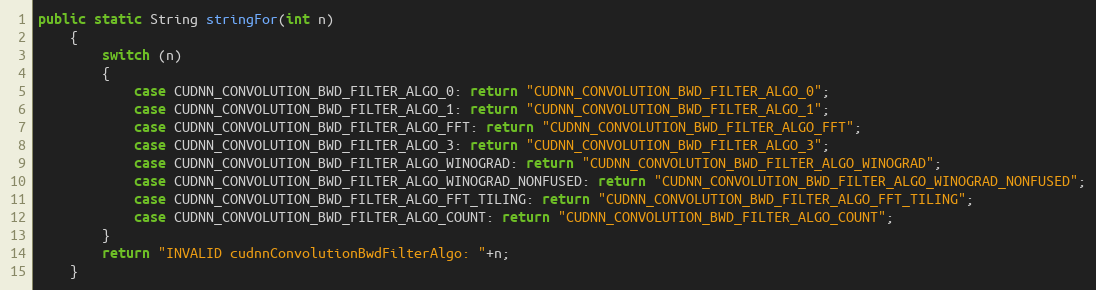
Language: Java
public static String stringFor(int n)
    {
        switch (n)
        {
            case CUDNN_CONVOLUTION_BWD_FILTER_ALGO_0: return "CUDNN_CONVOLUTION_BWD_FILTER_ALGO_0";
            case CUDNN_CONVOLUTION_BWD_FILTER_ALGO_1: return "CUDNN_CONVOLUTION_BWD_FILTER_ALGO_1";
            case CUDNN_CONVOLUTION_BWD_FILTER_ALGO_FFT: return "CUDNN_CONVOLUTION_BWD_FILTER_ALGO_FFT";
            case CUDNN_CONVOLUTION_BWD_FILTER_ALGO_3: return "CUDNN_CONVOLUTION_BWD_FILTER_ALGO_3";
            case CUDNN_CONVOLUTION_BWD_FILTER_ALGO_WINOGRAD: return "CUDNN_CONVOLUTION_BWD_FILTER_ALGO_WINOGRAD";
            case CUDNN_CONVOLUTION_BWD_FILTER_ALGO_WINOGRAD_NONFUSED: return "CUDNN_CONVOLUTION_BWD_FILTER_ALGO_WINOGRAD_NONFUSED";
            case CUDNN_CONVOLUTION_BWD_FILTER_ALGO_FFT_TILING: return "CUDNN_CONVOLUTION_BWD_FILTER_ALGO_FFT_TILING";
            case CUDNN_CONVOLUTION_BWD_FILTER_ALGO_COUNT: return "CUDNN_CONVOLUTION_BWD_FILTER_ALGO_COUNT";
        }
        return "INVALID cudnnConvolutionBwdFilterAlgo: "+n;
    }